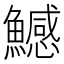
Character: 鱤